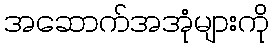
အဆောက်အအုံများကို